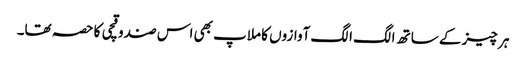
ہر چیز کے ساتھ الگ الگ آوازوں کا ملاپ بھی اس صندوقچی کا حصہ تھا۔